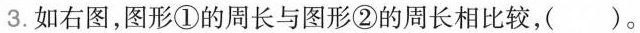
3.如右图，图形①的周长与图形②的周长相比较，( )。